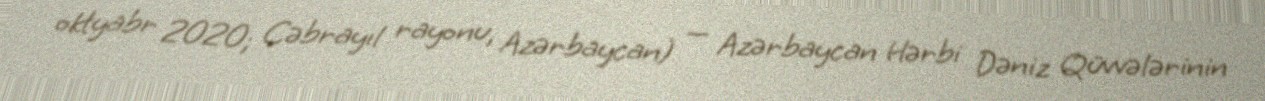
oktyabr 2020; Cəbrayıl rayonu, Azərbaycan) — Azərbaycan Hərbi Dəniz Qüvvələrinin